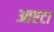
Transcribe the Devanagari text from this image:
आएटा